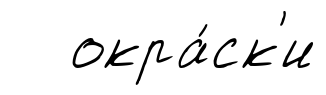
окра́ск'и